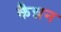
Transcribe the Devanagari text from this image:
कैन्नन